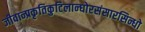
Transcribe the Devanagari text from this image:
जीवान्प्रकृतिकुटिलान्घोरसंसारसिन्धो